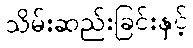
သိမ်းဆည်းခြင်းနှင့်